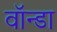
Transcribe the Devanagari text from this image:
वॉन्डा